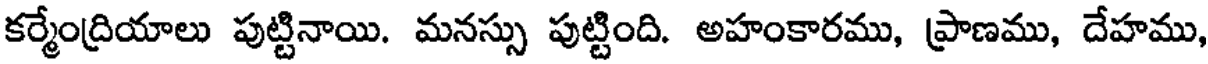
కర్మేంద్రియాలు పుట్టినాయి. మనస్సు పుట్టింది. అహంకారము, ప్రాణము, దేహము,